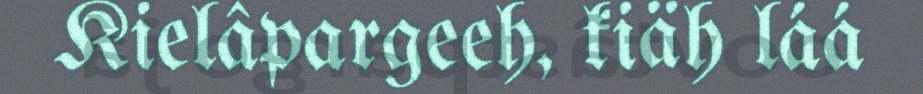
Kielâpargeeh, kiäh láá